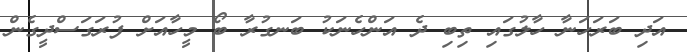
އަދި ބަރަހަނާ ހާލުގައި ތިބި ދެ އަންހެނަކު ބަނގުރާ ބޯ މީހާއަށް ފުރަގަސްދީގެން